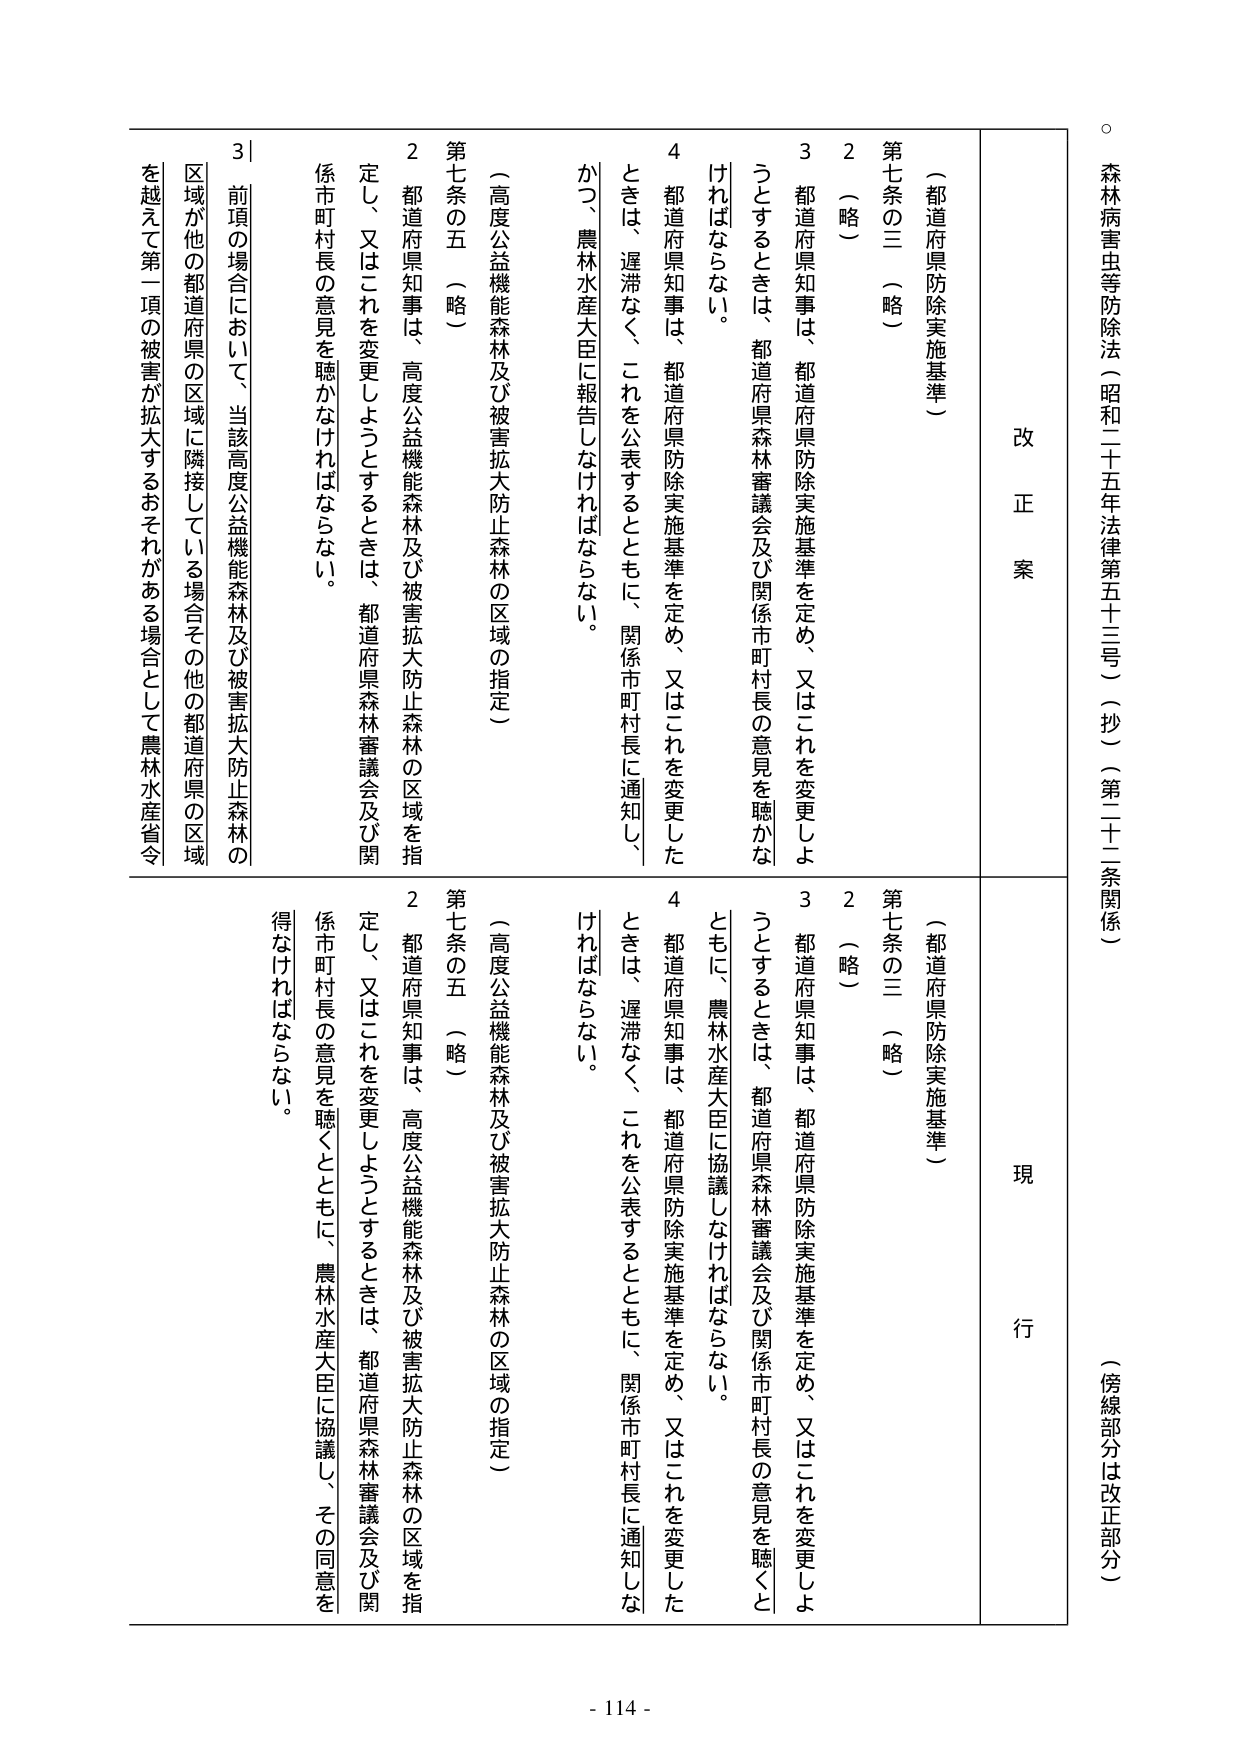
森林病害虫等防除法（昭和二十五年法律第五十三号）（抄）（第二十二条関係）

（傍線部分は改正部分）

改正案

（都道府県防除実施基準）

第七条の三（略）

２（略）

３都道府県知事は、都道府県防除実施基準を定め、又はこれを変更しようとするときは、都道府県森林審議会及び関係市町村長の意見を聴かなければならない。

４都道府県知事は、都道府県防除実施基準を定め、又はこれを変更したときは、遅滞なく、これを公表するとともに、関係市町村長に通知し、かつ、農林水産大臣に報告しなければならない。

（高度公益機能森林及び被害拡大防止森林の区域の指定）

第七条の五（略）

２都道府県知事は、高度公益機能森林及び被害拡大防止森林の区域を指定し、又はこれを変更しようとするときは、都道府県森林審議会及び関係市町村長の意見を聴かなければならない。

３前項の場合において、当該高度公益機能森林及び被害拡大防止森林の区域が他の都道府県の区域に隣接している場合その他の都道府県の区域を越えて第一項の被害が拡大するおそれがある場合として農林水産省令

現行

（都道府県防除実施基準）

第七条の三（略）

２（略）

３都道府県知事は、都道府県防除実施基準を定め、又はこれを変更しようとするときは、都道府県森林審議会及び関係市町村長の意見を聴くとともに、農林水産大臣に協議しなければならない。

４都道府県知事は、都道府県防除実施基準を定め、又はこれを変更したときは、遅滞なく、これを公表するとともに、関係市町村長に通知しなければならない。

（高度公益機能森林及び被害拡大防止森林の区域の指定）

第七条の五（略）

２都道府県知事は、高度公益機能森林及び被害拡大防止森林の区域を指定し、又はこれを変更しようとするときは、都道府県森林審議会及び関係市町村長の意見を聴くとともに、農林水産大臣に協議し、その同意を得なければならない。

- 114 -